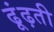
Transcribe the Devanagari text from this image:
ढूंढ़ती